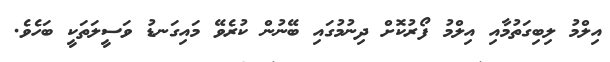
އިލްމު ލިބިގަތުމާއި އިލްމު ފޯރުކޮށް ދިނުމުގައި ބޭނުން ކުރެވޭ މައިގަނޑު ވަސީލަތަކީ ބަހެވެ.